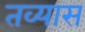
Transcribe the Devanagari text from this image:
तव्यास